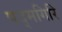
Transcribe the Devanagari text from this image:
पद्मगिरि